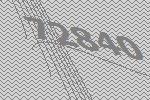
72840